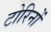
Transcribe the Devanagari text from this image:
टोरिनों